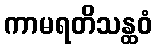
ကာမရတိသန္ထဝံ